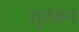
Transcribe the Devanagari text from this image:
सुलेवन